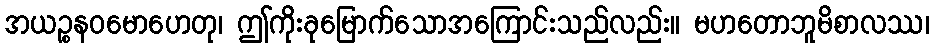
အယဉ္စနဝမောဟေတု၊ ဤကိုးခုမြောက်သောအကြောင်းသည်လည်း။ မဟတောဘူမိစာလဿ၊